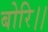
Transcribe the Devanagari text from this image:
बोरि।।